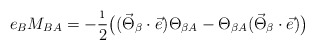
\begin{align*}e_BM_{BA}=-\frac{\i}{2}\bigl((\vec{\Theta}_\beta\cdot\vec{e})\Theta_{\beta A}-\Theta_{\beta A}(\vec{\Theta}_\beta\cdot\vec{e})\bigr)\end{align*}